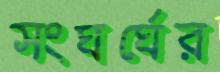
সংঘর্ঘের